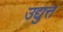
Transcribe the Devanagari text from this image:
उद्युत्त